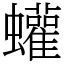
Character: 蠸